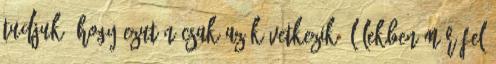
tudjuk, hogy ezután csak az következik. Lélekben már fel